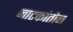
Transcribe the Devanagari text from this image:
नाटकांतोन